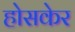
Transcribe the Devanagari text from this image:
होसकेर